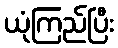
ယုံကြည်ပြီး